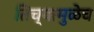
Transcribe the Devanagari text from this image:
तिच्यामुळेच